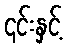
၎င်းနှင့်